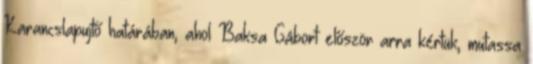
Karancslapujtő határában, ahol Baksa Gábort először arra kértük, mutassa